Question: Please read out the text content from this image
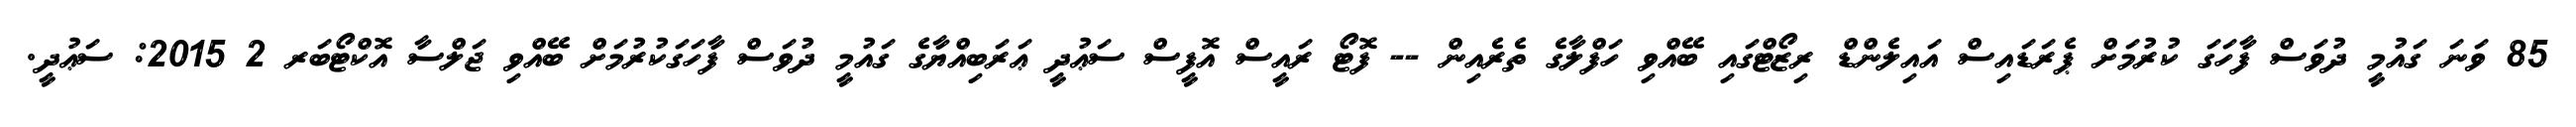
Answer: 85 ވަނަ ގައުމީ ދުވަސް ފާހަގަ ކުރުމަށް ޕެރަޑައިސް އައިލެންޑް ރިޒޯޓްގައި ބޭއްވި ހަފްލާގެ ތެރެއިން -- ފޮޓޯ ރައީސް އޮފީސް ސަޢުދީ ޢަރަބިއްޔާގެ ގައުމީ ދުވަސް ފާހަގަކުރުމަށް ބޭއްވި ޖަލްސާ އޮކްޓޯބަރ 2 2015: ސަޢުދީ.